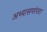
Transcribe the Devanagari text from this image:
अभ्यासपरंपरा